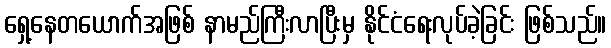
ရှေ့နေတယောက်အဖြစ် နာမည်ကြီးလာပြီးမှ နိုင်ငံရေးလုပ်ခဲ့ခြင်း ဖြစ်သည်။